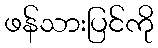
ဖန်သားပြင်ကို